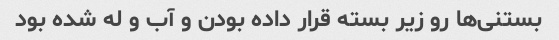
بستنی‌ها رو زیر بسته قرار داده بودن و آب و له شده بود